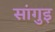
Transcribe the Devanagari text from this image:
सांगुइ